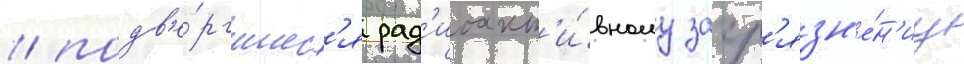
/ подв'е́ргшиес'я рад'иоакт'и́вному загр'язн'е́н'иу